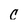
Character: c